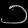
Digit: ၁